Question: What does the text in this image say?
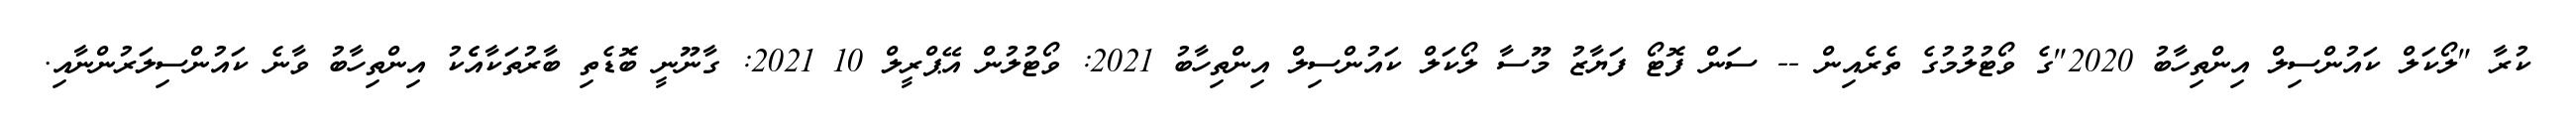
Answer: ކުރާ "ލޯކަލް ކައުންސިލް އިންތިހާބު 2020"ގެ ވޯޓުލުމުގެ ތެރެއިން -- ސަން ފޮޓޯ ފަޔާޒު މޫސާ ލޯކަލް ކައުންސިލް އިންތިހާބު 2021: ވޯޓުލުން އޭޕްރީލް 10 2021: ގާނޫނީ ބޮޑެތި ބާރުތަކާއެެކު އިންތިހާބު ވާނެ ކައުންސިލަރުންނާއި.